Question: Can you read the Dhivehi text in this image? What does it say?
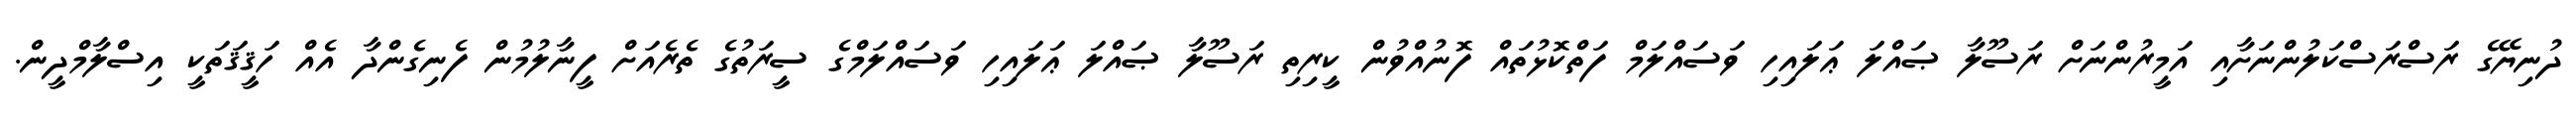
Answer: ދުނިޔޭގެ ރަސްރަސްކަލުންނަށާއި އަމީރުންނަށް ރަސޫލާ ޞައްލަ ޢަލައިހި ވަސައްލަމް ފަތްކޮޅުތައް ފޮނުއްވުން ކީރިތި ރަސޫލާ ޞައްލަ ޢަލައިހި ވަސައްލަމްގެ ސީރަތުގެ ތެރެއަށް ފީނާލުމުން ފެނިގެންދާ އެއް ހަޤީޤަތަކީ އިސްލާމްދީން.